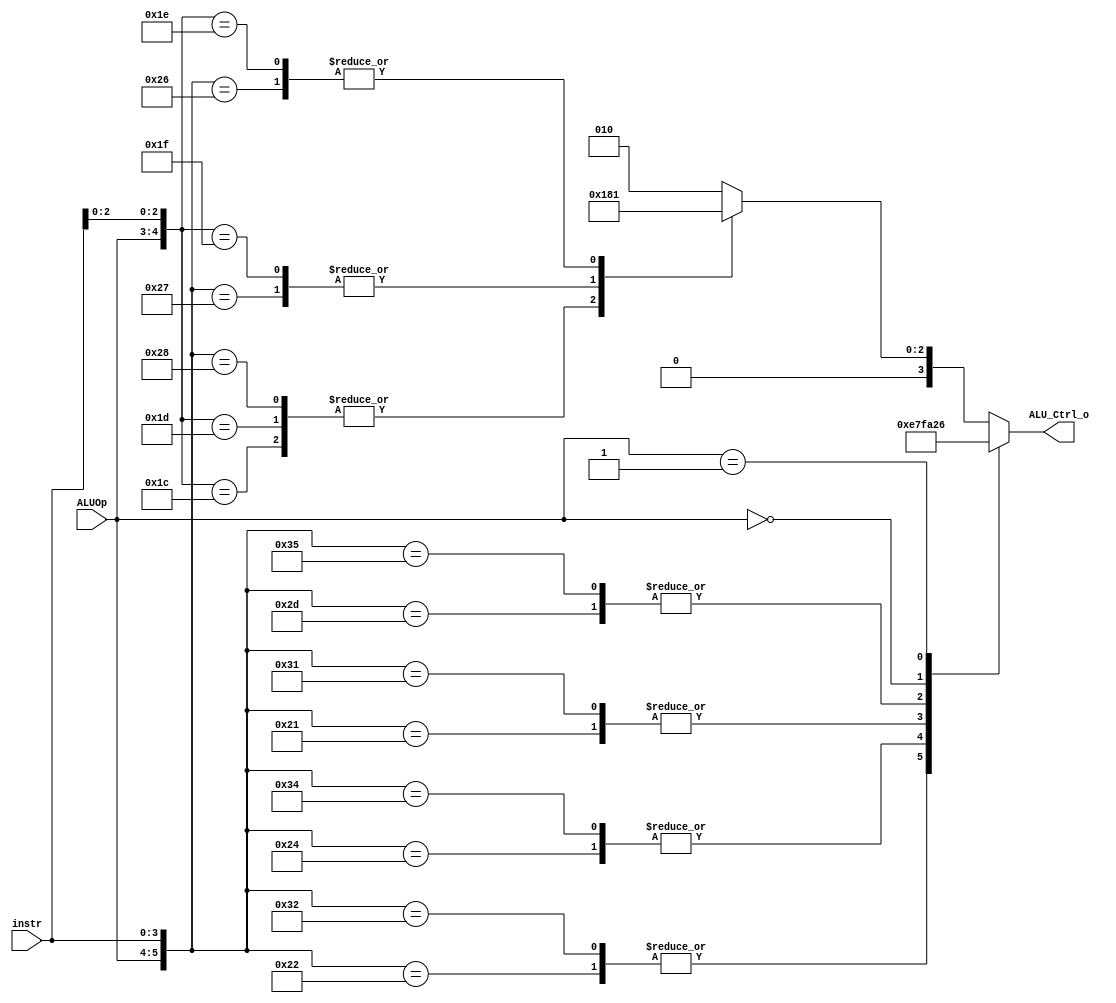
/***************************************************
Student Name: 
Student ID:0716230
***************************************************/

`timescale 1ns/1ps

module ALU_Ctrl(
	input	[4-1:0]	instr,
	input	[2-1:0]	ALUOp,
	output [4-1:0] ALU_Ctrl_o
	);
	wire [5:0] aluctrl;
   reg  [4:0] ALU_Ctrl;
	assign aluctrl = {ALUOp,instr};
   assign ALU_Ctrl_o=ALU_Ctrl; 

always@(aluctrl)
casex(aluctrl)
   6'b100010: ALU_Ctrl=4'b1110;   //slt
   6'b110010: ALU_Ctrl=4'b1110;   //slt imm
   6'b100100: ALU_Ctrl=4'b0111;   //xor
   6'b110100: ALU_Ctrl=4'b0111;	  //xor imm
   6'b100001: ALU_Ctrl=4'b1111;   //shift left 
   6'b110001: ALU_Ctrl=4'b1111;   //shift left imm
   6'b101101: ALU_Ctrl=4'b1010;   //shift right
   6'b110101: ALU_Ctrl=4'b1010;   //shift right imm
   6'b00xxxx: ALU_Ctrl=4'b0010;   //load
   6'b01xxxx: ALU_Ctrl=4'b0110;   //beq and bne  6'b01xxxx 
   6'b11x100: ALU_Ctrl=4'b0110;	  //blt
   6'b11x101: ALU_Ctrl=4'b0110;	  //bge
   6'b100000: ALU_Ctrl=4'b0010;   //add
   6'b11x000: ALU_Ctrl=4'b0010;   //add imm  11x000
   6'b101000: ALU_Ctrl=4'b0110;   //sub 
   6'b100111: ALU_Ctrl=4'b0000;   //and
   6'b11x111: ALU_Ctrl=4'b0000;   //and imm 6'b11x111
   6'b100110: ALU_Ctrl=4'b0001;   //or
   6'b11x110: ALU_Ctrl=4'b0001;   //or imm 11x110
   default  ALU_Ctrl=4'b0010;
endcase
/*
always @ (*) begin
  $display("instr = %4b, ALUOp = %2b, ALUctrl = %4b\n",
         instr, ALUOp, ALU_Ctrl
   );
end
*/

endmodule